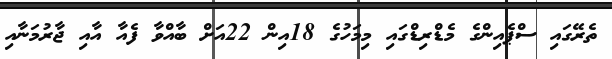
ތެރޭގައި ސްޕެއިންގެ މެޑްރިޑްގައި މިމަހުގެ 18އިން 22އަށް ބާއްވާ ފެއާ އާއި ޖާރުމަނާއި